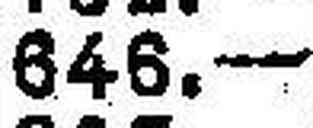
646.—